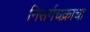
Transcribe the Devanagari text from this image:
निसर्गचक्राचा